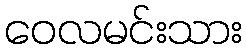
ဝေလမင်းသား